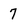
Character: 7